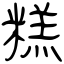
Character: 糕